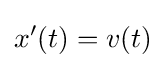
x'(t)=v(t)